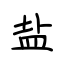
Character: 盐